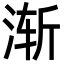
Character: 渐